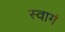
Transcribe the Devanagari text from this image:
स्वागं